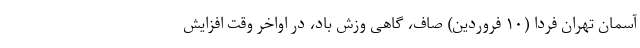
آسمان تهران فردا (۱۰ فروردین) صاف، گاهی وزش باد، در اواخر وقت افزایش